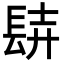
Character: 𨱺